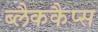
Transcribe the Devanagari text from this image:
ब्लैककैप्स